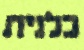
כלנית